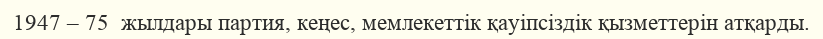
1947 – 75  жылдары партия, кеңес, мемлекеттік қауіпсіздік қызметтерін атқарды.